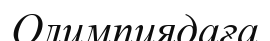
Олимпиядаға